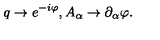
q \to e ^ { - i \varphi } , A _ { \alpha } \to \partial _ { \alpha } \varphi .